Scottish Leaving Certificate Examination, 1954
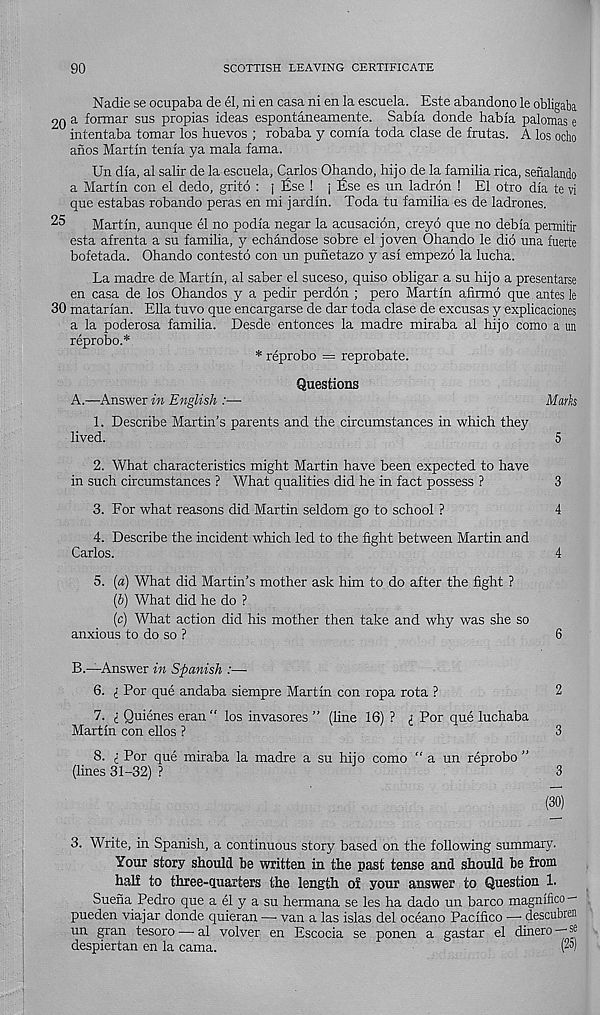
90
SCOTTISH LEAVING CERTIFICATE
Nadie se ocupaba de el, ni en casa ni en la escuela. Este abandono le obligabi
20 a formar sus propias ideas espontaneamente. Sabla donde habla palomas e
U intentaba tomar los huevos ; robaba y comla toda clase de frutas. A los ocho
anos Martin tenia ya mala fama.
Un dla, al salir de la escuela, Carlos Ohando, hijo de la familia rica, senalando
a Martin con el dedo, grito : j £se ! j lise es un ladrdn ! El otro dla te vi
que estabas robando peras en mi jardln. Toda tu familia es de ladrones.
Martin, aunque el no podia negar la acusacion, creyd que no debla permitir
esta afrenta a su familia, y echandose sobre el joven Ohando le dio una fuerte
bofetada. Ohando contesto con un punetazo y as! empezo la lucha.
La madre de Martin, al saber el suceso, quiso obligar a su hijo a presentarse
en casa de los Ohandos y a pedir perdon ; pero Martin alirmo que antes le
30 matarlan. Ella tuvo que encargarse de dar toda clase de excusas y explicaciones
a la poderosa familia. Desde entonces la madre miraba al hijo como a un
reprobo.*
* reprobo = reprobate.
Questions
A.—Answer in English :—■
Mark
1. Describe Martin’s parents and the circumstances in which they
lived.
5
2. What characteristics might Martin have been expected to have
in such circumstances ? What qualities did he in fact possess ?
3
3. For what reasons did Martin seldom go to school ?
4
4. Describe the incident which led to the fight between Martin and
Carlos.
4
5. (a) What did Martin’s mother ask him to do after the fight ?
{b) What did he do ?
(c) What action did his mother then take and why was she so
anxious to do so ?
6
B.—Answer in Spanish :—•
6. i For que andaba siempre Martin con ropa rota ?
2
7. i Quienes eran “ los invasores ” (line 16) ? <; For que luchaba
Martin con ellos ?
3
8. i For que miraba la madre a su hijo como “ a un reprobo ”
(lines 31-32) ?
3
(30)
3. Write, in Spanish, a continuous story based on the following summary.
Your story should be written in the past tense and should be from
half to three-quarters the length of your answer to Question 1.
Suena Pedro que a el y a su hermana se les ha dado un barco magnifico —
pueden viajar donde quieran —• van a las islas del oceano Paclfico •—• descubren
un gran tesoro —• al volver en Escocia se ponen a gastar el dinero — se
despiertan en la cama.
(2 s )